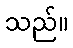
သည်။